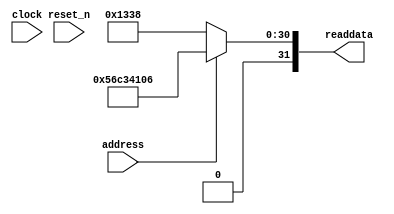
// This program was cloned from: https://github.com/myriadrf/LimeSDR-PCIe_GW
// License: Apache License 2.0

// (C) 2001-2015 Altera Corporation. All rights reserved.
// Your use of Altera Corporation's design tools, logic functions and other 
// software and tools, and its AMPP partner logic functions, and any output 
// files any of the foregoing (including device programming or simulation 
// files), and any associated documentation or information are expressly subject 
// to the terms and conditions of the Altera Program License Subscription 
// Agreement, Altera MegaCore Function License Agreement, or other applicable 
// license agreement, including, without limitation, that your use is for the 
// sole purpose of programming logic devices manufactured by Altera and sold by 
// Altera or its authorized distributors.  Please refer to the applicable 
// agreement for further details.


//Legal Notice: (C)2010 Altera Corporation. All rights reserved.  Your
//use of Altera Corporation's design tools, logic functions and other
//software and tools, and its AMPP partner logic functions, and any
//output files any of the foregoing (including device programming or
//simulation files), and any associated documentation or information are
//expressly subject to the terms and conditions of the Altera Program
//License Subscription Agreement or other applicable license agreement,
//including, without limitation, that your use is for the sole purpose
//of programming logic devices manufactured by Altera and sold by Altera
//or its authorized distributors.  Please refer to the applicable
//agreement for further details.

// synthesis translate_off
`timescale 1ns / 1ps
// synthesis translate_on

// turn off superfluous verilog processor warnings 
// altera message_level Level1 
// altera message_off 10034 10035 10036 10037 10230 10240 10030 

module lms_ctr_sysid_qsys_0 (
               // inputs:
                address,
                clock,
                reset_n,

               // outputs:
                readdata
             )
;

  output  [ 31: 0] readdata;
  input            address;
  input            clock;
  input            reset_n;

  wire    [ 31: 0] readdata;
  //control_slave, which is an e_avalon_slave
  assign readdata = address ? 1455636742 : 4920;

endmodule